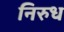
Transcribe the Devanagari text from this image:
निरुध